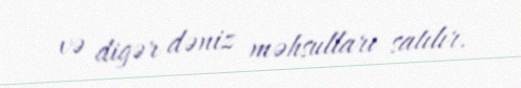
və digər dəniz məhsulları satılır.